Distribution and causation of leprosy in British India
Year: 1875
Disease focus: Leprosy
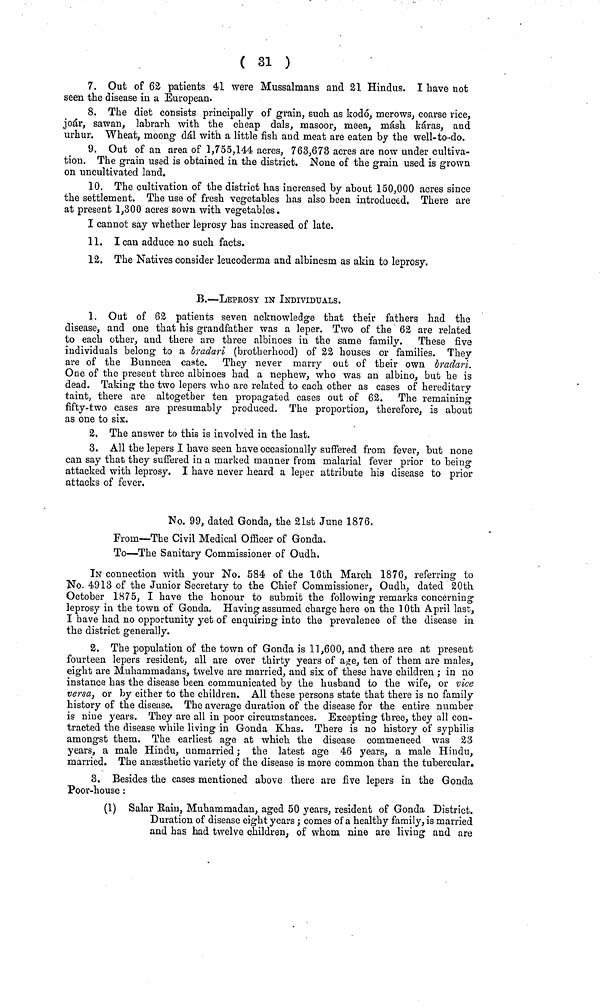
( 31 )
7. Out of 62 patients 41 were Mussalmans and 21 Hindus. I have not
seen the disease in a European.
8. The diet consists principally of grain, such as kodó, merows, coarse rice,
joár, sawan, labrarh with the cheap dals, masoor, meea, másh káras, and
urhur. Wheat, moong dál with a little fish and meat are eaten by the well-to-do.
9. Out of an area of 1,755,144 acres, 763,678 acres are now under cultiva-
tion. The grain used is obtained in the district. None of the grain used is grown
on uncultivated land.
10. The cultivation of the district has increased by about 150,000 acres since
the settlement. The use of fresh vegetables has also been introduced. There are
at present 1,300 acres sown with vegetables.
I cannot say whether leprosy has increased of late.
11. I can adduce no such facts.
12. The Natives consider leucoderma and albinesm as akin to leprosy.
B.—LEPROSY IN INDIVIDUALS.
1. Out of 62 patients seven acknowledge that their fathers had the
disease, and one that his grandfather was a leper. Two of the 62 are related
to each other, and there are three albinoes in the same family. These five
individuals belong to a bradari (brotherhood) of 22 houses or families. They
are of the Bunneea caate. They never marry out of their own bradari.
One of the present three albinoes had a nephew, who was an albino, but he is
dead. Taking the two lepers who are related to each other as cases of hereditary
taint, there are altogether ten propagated cases out of 62. The remaining
fifty-two cases are presumably produced. The proportion, therefore, is about
as one to six.
2. The answer to this is involved in the last.
3. All the lepers I have seen have occasionally suffered from fever, but none
can say that they suffered in a marked manner from malarial fever prior to being
attacked with leprosy. I have never heard a leper attribute his disease to prior
attacks of fever.
No. 99, dated Gonda, the 21st June 1876.
From—The Civil Medical Officer of Gonda.
To—The Sanitary Commissioner of Oudh.
IN connection with your No. 584 of the 16th March 1876, referring to
No. 4913 of the Junior Secretary to the Chief Commissioner, Oudh, dated 20th
October 1875, I have the honour to submit the following remarks concerning
leprosy in the town of Gonda. Having assumed charge here on the 1 Oth April last,
I have had no opportunity yet of enquiring into the prevalence of the disease in
the district generally.
2. The population of the town of Gonda is 11,600, and there are at present
fourteen lepers resident, all are over thirty years of age, ten of them are males,
eight are Muhammadans, twelve are married, and six of these have children ,• in no
instance has the disease been communicated by the husband to the wife, or vice
versa, or by either to the children. All these persons state that there is no family
history of the disease. The average duration of the disease for the entire number
is nine years. They are all in poor circumstances. Excepting three, they all con-
tracted the disease while living in Gonda Khas. There is no history of syphilis
amongst them. The earliest age at which the disease commenced was 23
years, a male Hindu, unmarried ; the latest age 46 years, a male Hindu,
married. The anaesthetic variety of the disease is more common than the tubercular.
3. Besides the cases mentioned above there are five lepers in the Gonda
Poor-house :
(1) Salar Rain, Muhammadan, aged 50 years, resident of Gonda District.
Duration of disease eight years ; comes of a healthy family, is married
and has had twelve children, of whom nine are living and are